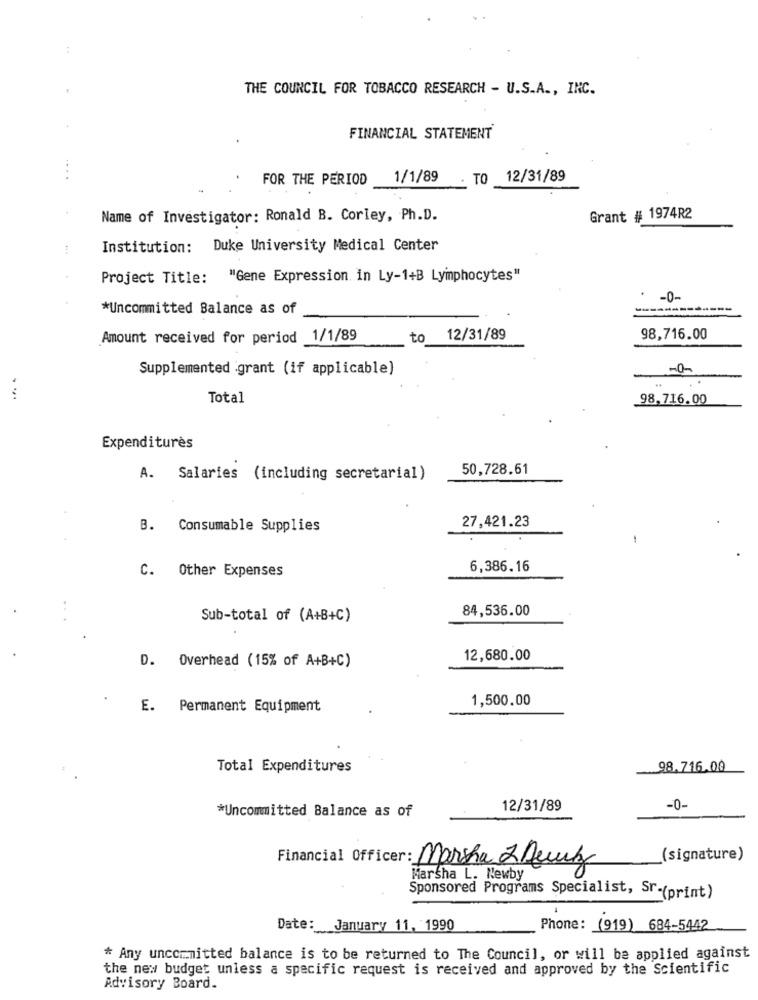
:
THE COUNCIL FOR TOBACCO RESEARCH - U.S.A ., INC.
FINANCIAL STATEMENT
....
FOR THE PERIOD
1/1/89
TO
12/31/89
Name of Investigator: Ronald B. Corley, Ph.D.
Grant # 1974R2
Institution:
Duke University Medical Center
Project Title: "Gene Expression in Ly-1+B Lymphocytes"
-0-
*Uncommitted Balance as of
Amount received for period 1/1/89
to
12/31/89
98,716.00
Supplemented grant (if applicable)
-0-
Total
98,716.00
Expenditures
50,728.61
A. Salaries (including secretarial)
B. Consumable Supplies
27,421.23
C. Other Expenses
6,386.16
84,536.00
Sub-total of (A+B+C)
D. Overhead (15% of A+B+C)
12,680.00
1,500.00
E. Permanent Equipment
Total Expenditures
98,716.00
*Uncommitted Balance as of
12/31/89
-0-
(signature)
Financial Officer: Marsha 2 Auny
Marsha L. Newby
Sponsored Programs Specialist, Sr-(print)
Date: January 11, 1990
Phone: (919) 684-5442
* Any uncommitted balance is to be returned to The Council, or will be applied against
the new budget unless a specific request is received and approved by the Scientific
Advisory Board.